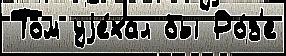
Том уjе́хал бы Ро́з'е